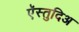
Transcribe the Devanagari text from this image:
ऍस्तुदिअ